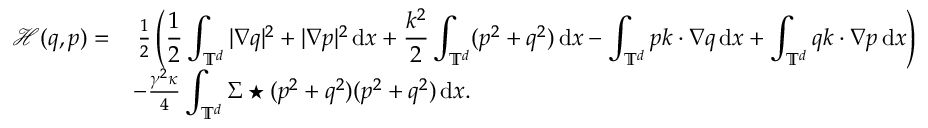
\begin{array} { r l } { \mathscr H ( q , p ) = } & { \, \frac 1 2 \left( \displaystyle \frac 1 2 \displaystyle \int _ { \mathbb T ^ { d } } | \nabla q | ^ { 2 } + | \nabla p | ^ { 2 } \, { \mathrm { d } } x + \frac { k ^ { 2 } } { 2 } \int _ { \mathbb T ^ { d } } ( p ^ { 2 } + q ^ { 2 } ) \, { \mathrm { d } } x - \int _ { \mathbb { T } ^ { d } } p k \cdot \nabla q \, { \mathrm { d } } x + \int _ { \mathbb { T } ^ { d } } q k \cdot \nabla p \, { \mathrm { d } } x \right) } \\ & { - \frac { \gamma ^ { 2 } \kappa } { 4 } \displaystyle \int _ { \mathbb T ^ { d } } \Sigma \star ( p ^ { 2 } + q ^ { 2 } ) ( p ^ { 2 } + q ^ { 2 } ) \, { \mathrm { d } } x . } \end{array}